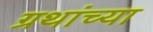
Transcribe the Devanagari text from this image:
ग्रथांच्या